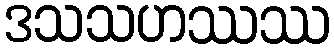
ဒသသဟဿဿ